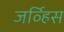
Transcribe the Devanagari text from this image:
जर्व्हिस